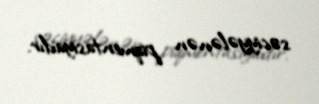
səciyyələnən piqmentasiyadır.